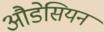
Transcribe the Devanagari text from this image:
औडेसियन